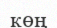
көң